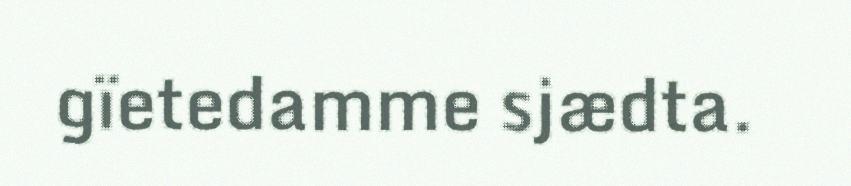
gïetedamme sjædta.